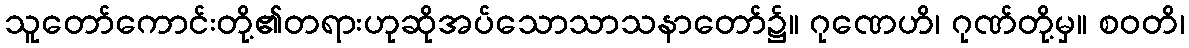
သူတော်ကောင်းတို့၏တရားဟုဆိုအပ်သောသာသနာတော်၌။ ဂုဏေဟိ၊ ဂုဏ်တို့မှ။ စဝတိ၊